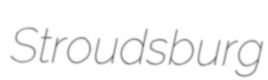
Stroudsburg